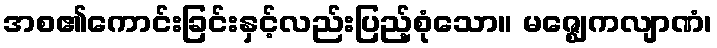
အစ၏ကောင်းခြင်းနှင့်လည်းပြည့်စုံသော။ မဇ္ဈေကလျာဏံ၊